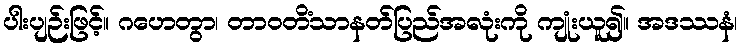
ပါးပျဉ်းဖြင့်။ ဂဟေတွာ၊ တာဝတိံသာနတ်ပြည်အလုံးကို ကျုံးယူ၍။ အဒဿနံ၊